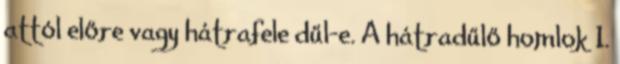
attól előre vagy hátrafele dűl-e. A hátradűlő homlok 1.